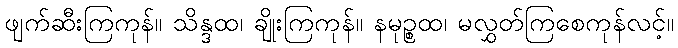
ဖျက်ဆီးကြကုန်။ သိန္ဒထ၊ ချိုးကြကုန်။ နမုဉ္စထ၊ မလွှတ်ကြစေကုန်လင့်။